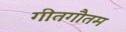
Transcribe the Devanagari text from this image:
गीतगौतम